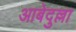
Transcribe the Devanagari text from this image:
आबेदुल्ला